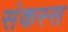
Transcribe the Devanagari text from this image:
संकस्स